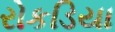
રોકડિયા